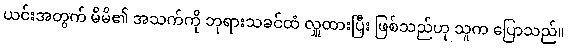
ယင်းအတွက် မိမိ၏ အသက်ကို ဘုရားသခင်ထံ လှူထားပြီး ဖြစ်သည်ဟု သူက ပြောသည်။